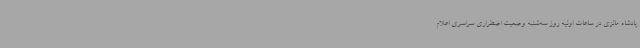
پادشاه مالزی در ساعات اولیه روز سه‌شنبه وضعیت اضطراری سراسری اعلام